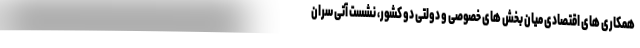
همکاری های اقتصادی میان بخش های خصوصی و دولتی دو کشور، نشست آتی سران